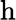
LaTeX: \mathrm{h}